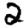
Digit: 2